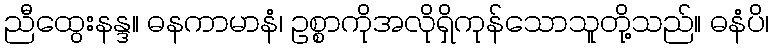
ညီထွေးနန္ဒ။ ဓနကာမာနံ၊ ဥစ္စာကိုအလိုရှိကုန်သောသူတို့သည်။ ဓနံပိ၊